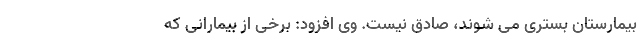
بیمارستان بستری می شوند، صادق نیست. وی افزود: برخی از بیمارانی که